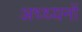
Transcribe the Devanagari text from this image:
अध्ध्यनों